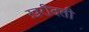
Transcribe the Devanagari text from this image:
ख़रीदती